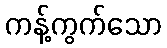
ကန့်ကွက်သော